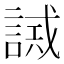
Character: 𧪖